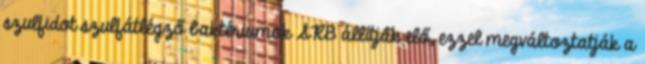
szulfidot szulfátlégző baktériumok SRB állítják elő, ezzel megváltoztatják a